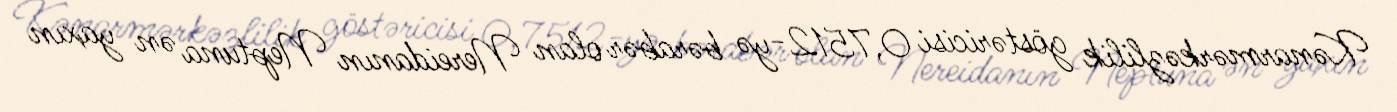
Kənarmərkəzlilik göstəricisi 0,7512-yə bərabər olan Nereidanın Neptuna ən yaxın